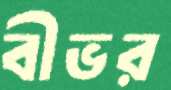
বীভর